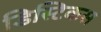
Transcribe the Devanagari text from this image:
डिस्टिकस